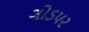
ગોડપર